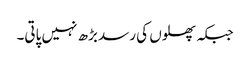
جبکہ پھلوں کی رسد بڑھ نہیں پاتی۔